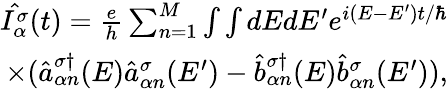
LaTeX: \begin{array}{r}{\hat{I_{\alpha}^{\sigma}}(t)=\frac{e}{h}\sum_{n=1}^{M}\int\int dEdE^{\prime}e^{i(E-E^{\prime})t/\hbar}}\\ {\times(\hat{a}_{\alpha n}^{\sigma\dagger}(E)\hat{a}_{\alpha n}^{\sigma}(E^{\prime})-\hat{b}_{\alpha n}^{\sigma\dagger}(E)\hat{b}_{\alpha n}^{\sigma}(E^{\prime})),}\end{array}